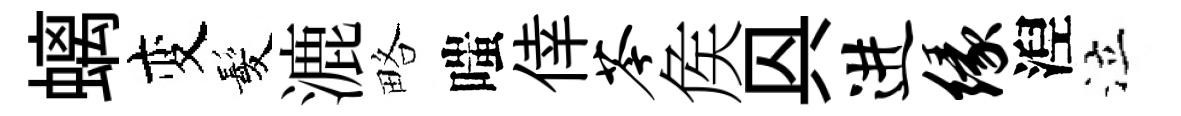
螭变髪漉略嗤倖苓矦㒷进缘湼泣